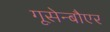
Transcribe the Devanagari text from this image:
गूसेन्बौएर